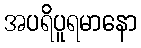
အပရိပူရမာနော